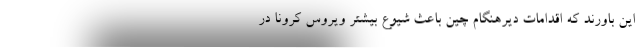
این باورند که اقدامات دیرهنگام چین باعث شیوع بیشتر ویروس کرونا در